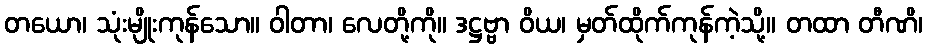
တယော၊ သုံးမျိုးကုန်သော။ ဝါတာ၊ လေတို့ကို။ ဒဋ္ဌဗ္ဗာ ဝိယ၊ မှတ်ထိုက်ကုန်ကဲ့သို့။ တထာ တီဏိ၊